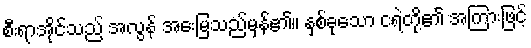
စီးရာအိုင်သည် အလွန် အေးမြသည်မှန်၏။ နှစ်ခုသော ငရဲတို့၏ အကြားဖြင့်